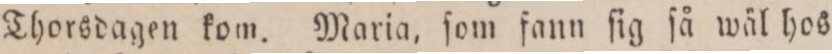
Thorsdagen kom. Maria, ſom fann ſig ſå wäl hos